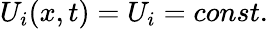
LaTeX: U_{i}(x,t)=U_{i}=const.